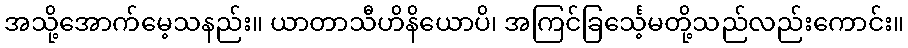
အသို့အောက်မေ့သနည်း။ ယာတာသီဟိနိယောပိ၊ အကြင်ခြင်္သေ့မတို့သည်လည်းကောင်း။